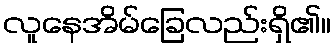
လူနေအိမ်ခြေလည်းရှိ၏။